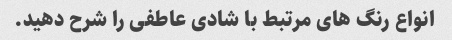
انواع رنگ های مرتبط با شادی عاطفی را شرح دهید.